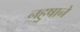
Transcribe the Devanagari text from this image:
नहुषानें